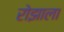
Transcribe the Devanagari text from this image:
रोझाला